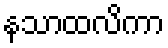
နသာထလိကာ